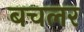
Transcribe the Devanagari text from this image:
बचलर